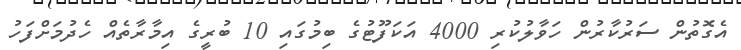
އެގޮތުން ސަރުކާރުން ހަވާލުކުރި 4000 އަކަފޫޓުގެ ބިމުގައި 10 ބުރީގެ އިމާރާތެއް ހެދުމަށްފަހު